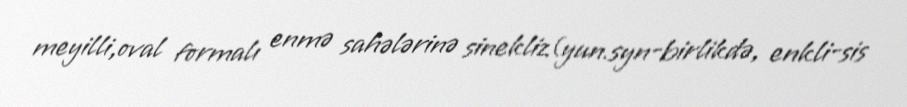
meyilli,oval formalı enmə sahələrinə sinekliz(yun.syn-birlikdə, enkli-sis